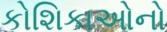
કોશિકાઓનો